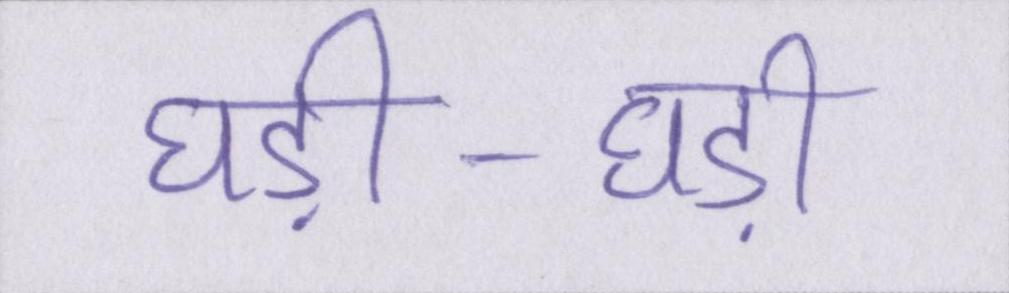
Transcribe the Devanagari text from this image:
घड़ी-घड़ी